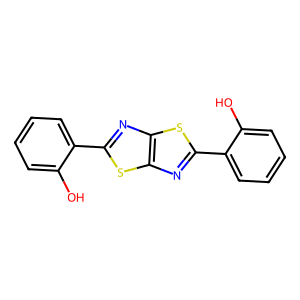
SMILES: Oc1ccccc1-c1nc2sc(-c3ccccc3O)nc2s1
Inhibits HIV replication: No